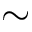
\sim